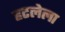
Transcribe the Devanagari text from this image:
हटलेला